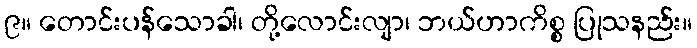
၉။ တောင်းပန်သောခါ၊ တို့လောင်းလျာ၊ ဘယ်ဟာကိစ္စ ပြုသနည်း။